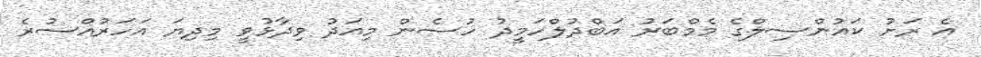
އެ ރަށު ކައުންސިލްގެ މެމްބަރު އަބްދުލްހަމީދު ހުސެން މިއަދު ވިދާޅުވީ މިދިޔަ އަހަރުއްސުރެ